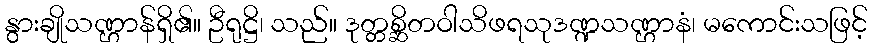
နွားချိုသဏ္ဌာန်ရှိ၏။ ဦရုဋ္ဌိ၊ သည်။ ဒုတ္တစ္ဆိတဝါသိဖရသုဒဏ္ဍသဏ္ဌာနံ၊ မကောင်းသဖြင့်